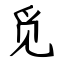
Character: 觅